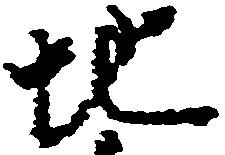
地